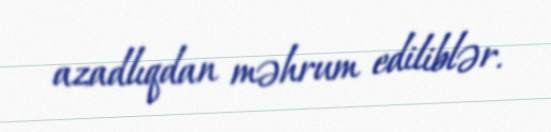
azadlıqdan məhrum ediliblər.